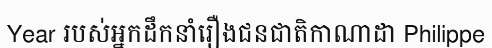
Year របស់អ្នកដឹកនាំរឿងជនជាតិកាណាដា Philippe